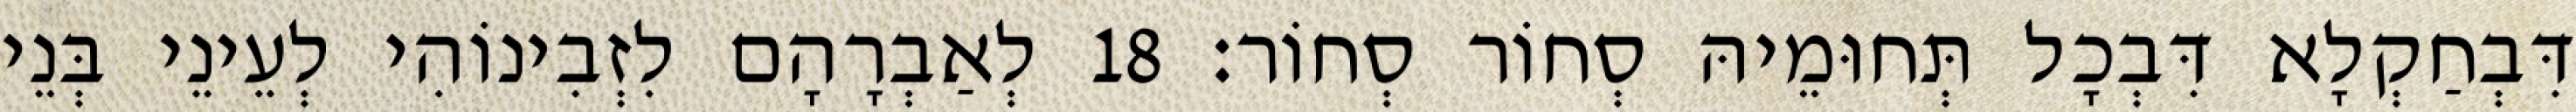
דִּבְחַקְלָא דִּבְכָל תְּחוּמֵיהּ סְחוֹר סְחוֹר׃ 18 לְאַבְרָהָם לִזְבִינוֹהִי לְעֵינֵי בְּנֵי